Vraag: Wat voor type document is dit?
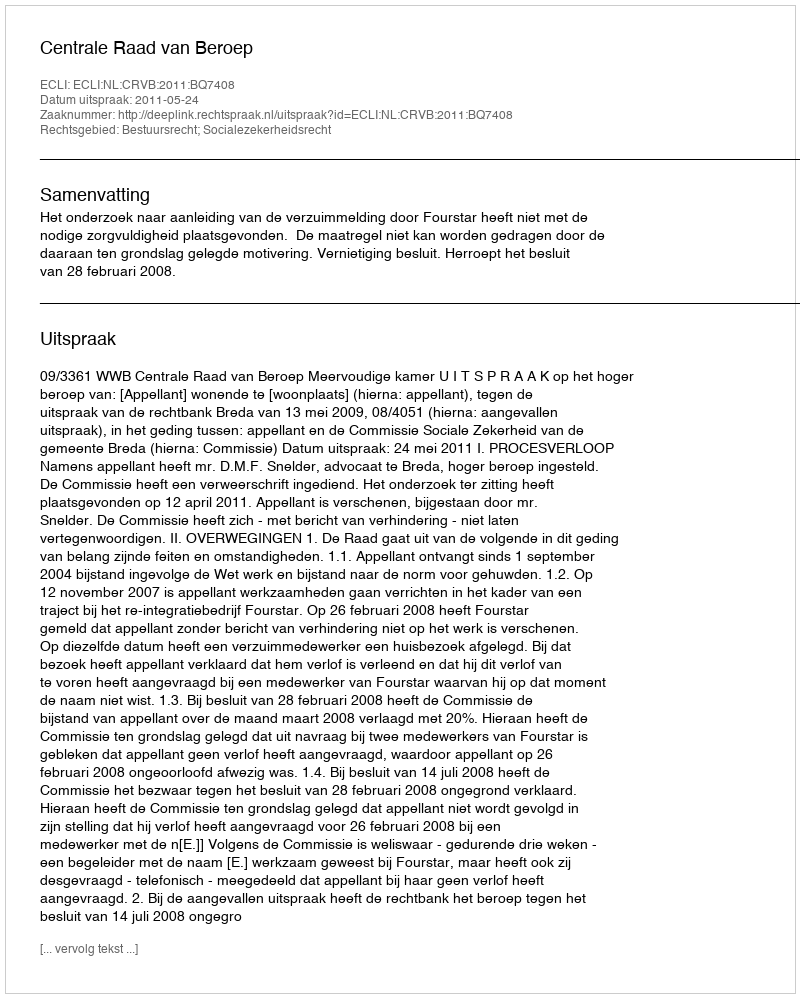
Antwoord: Uitspraak